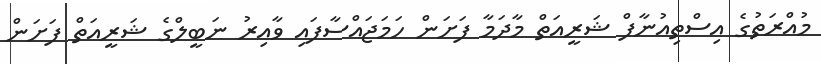
މުއްރަތުގެ އިސްތިއުނާފް ޝަރީއަތް މާދަމާ ފަށަން ހަމަޖައްސާފައި ވާއިރު ނަބީލްގެ ޝަރީއަތް ފަށަން